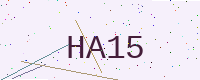
Text: HA15